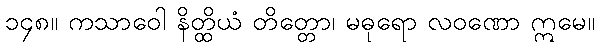
၁၄၈။ ကသာဝေါ နိတ္ထိယံ တိတ္တော၊ မဓုရော လဝဏော ဣမေ။